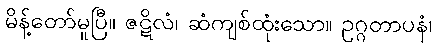
မိန့်တော်မူပြီ။ ဇဋိလံ၊ ဆံကျစ်ထုံးသော။ ဥဂ္ဂတာပနံ၊